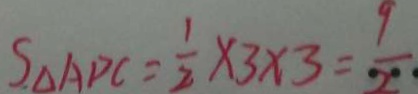
S _ { \Delta A P C } = \frac { 1 } { 2 } \times 3 \times 3 = \frac { 9 } { 2 }